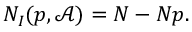
N _ { I } ( p , { \mathcal { A } } ) = N - N p .